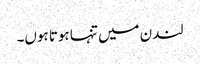
لندن میں تنہا ہوتا ہوں۔